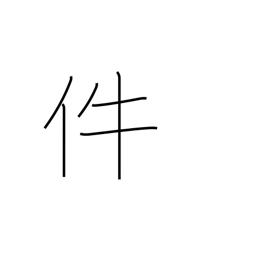
Meaning: item